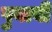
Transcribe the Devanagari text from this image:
पुवावी